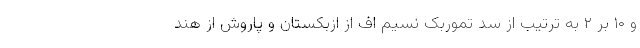
و ۱۰ بر ۲ به ترتیب از سد تموربک نسیم اف از ازبکستان و پاروش از هند